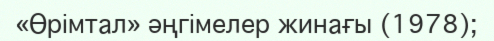
«Өрімтал» әңгімелер жинағы (1978);